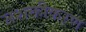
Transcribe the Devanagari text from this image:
सशक्तीकऱण